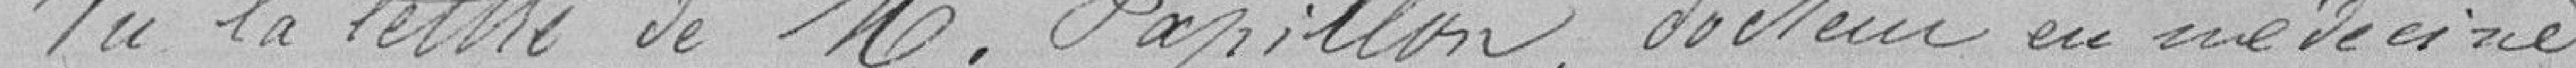
Vu la lettre de M. Papillon, docteur en médecine